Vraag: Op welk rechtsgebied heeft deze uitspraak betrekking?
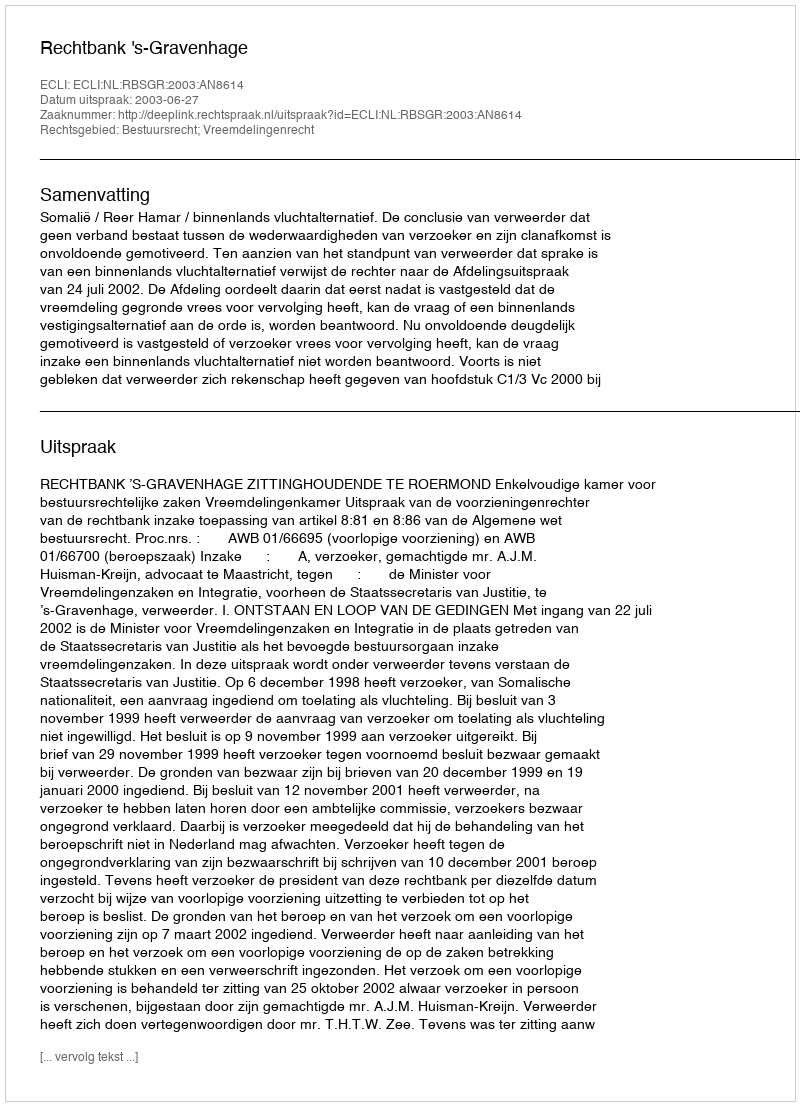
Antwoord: Bestuursrecht; Vreemdelingenrecht